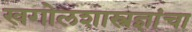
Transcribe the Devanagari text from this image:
खगोलशास्त्रज्ञांचा